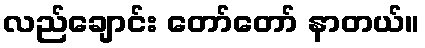
လည်ချောင်း တော်တော် နာတယ်။